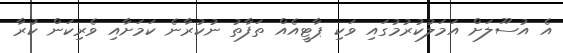
އެ އުސޫލަށް އަމަލުކުރުމުގައި ވަކި ޕާޓީއެއް ތަފާތު ނުކުރާނެ ކަމަށާއި ވެރިކަން ކުރާ